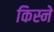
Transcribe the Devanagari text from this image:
किस्ने